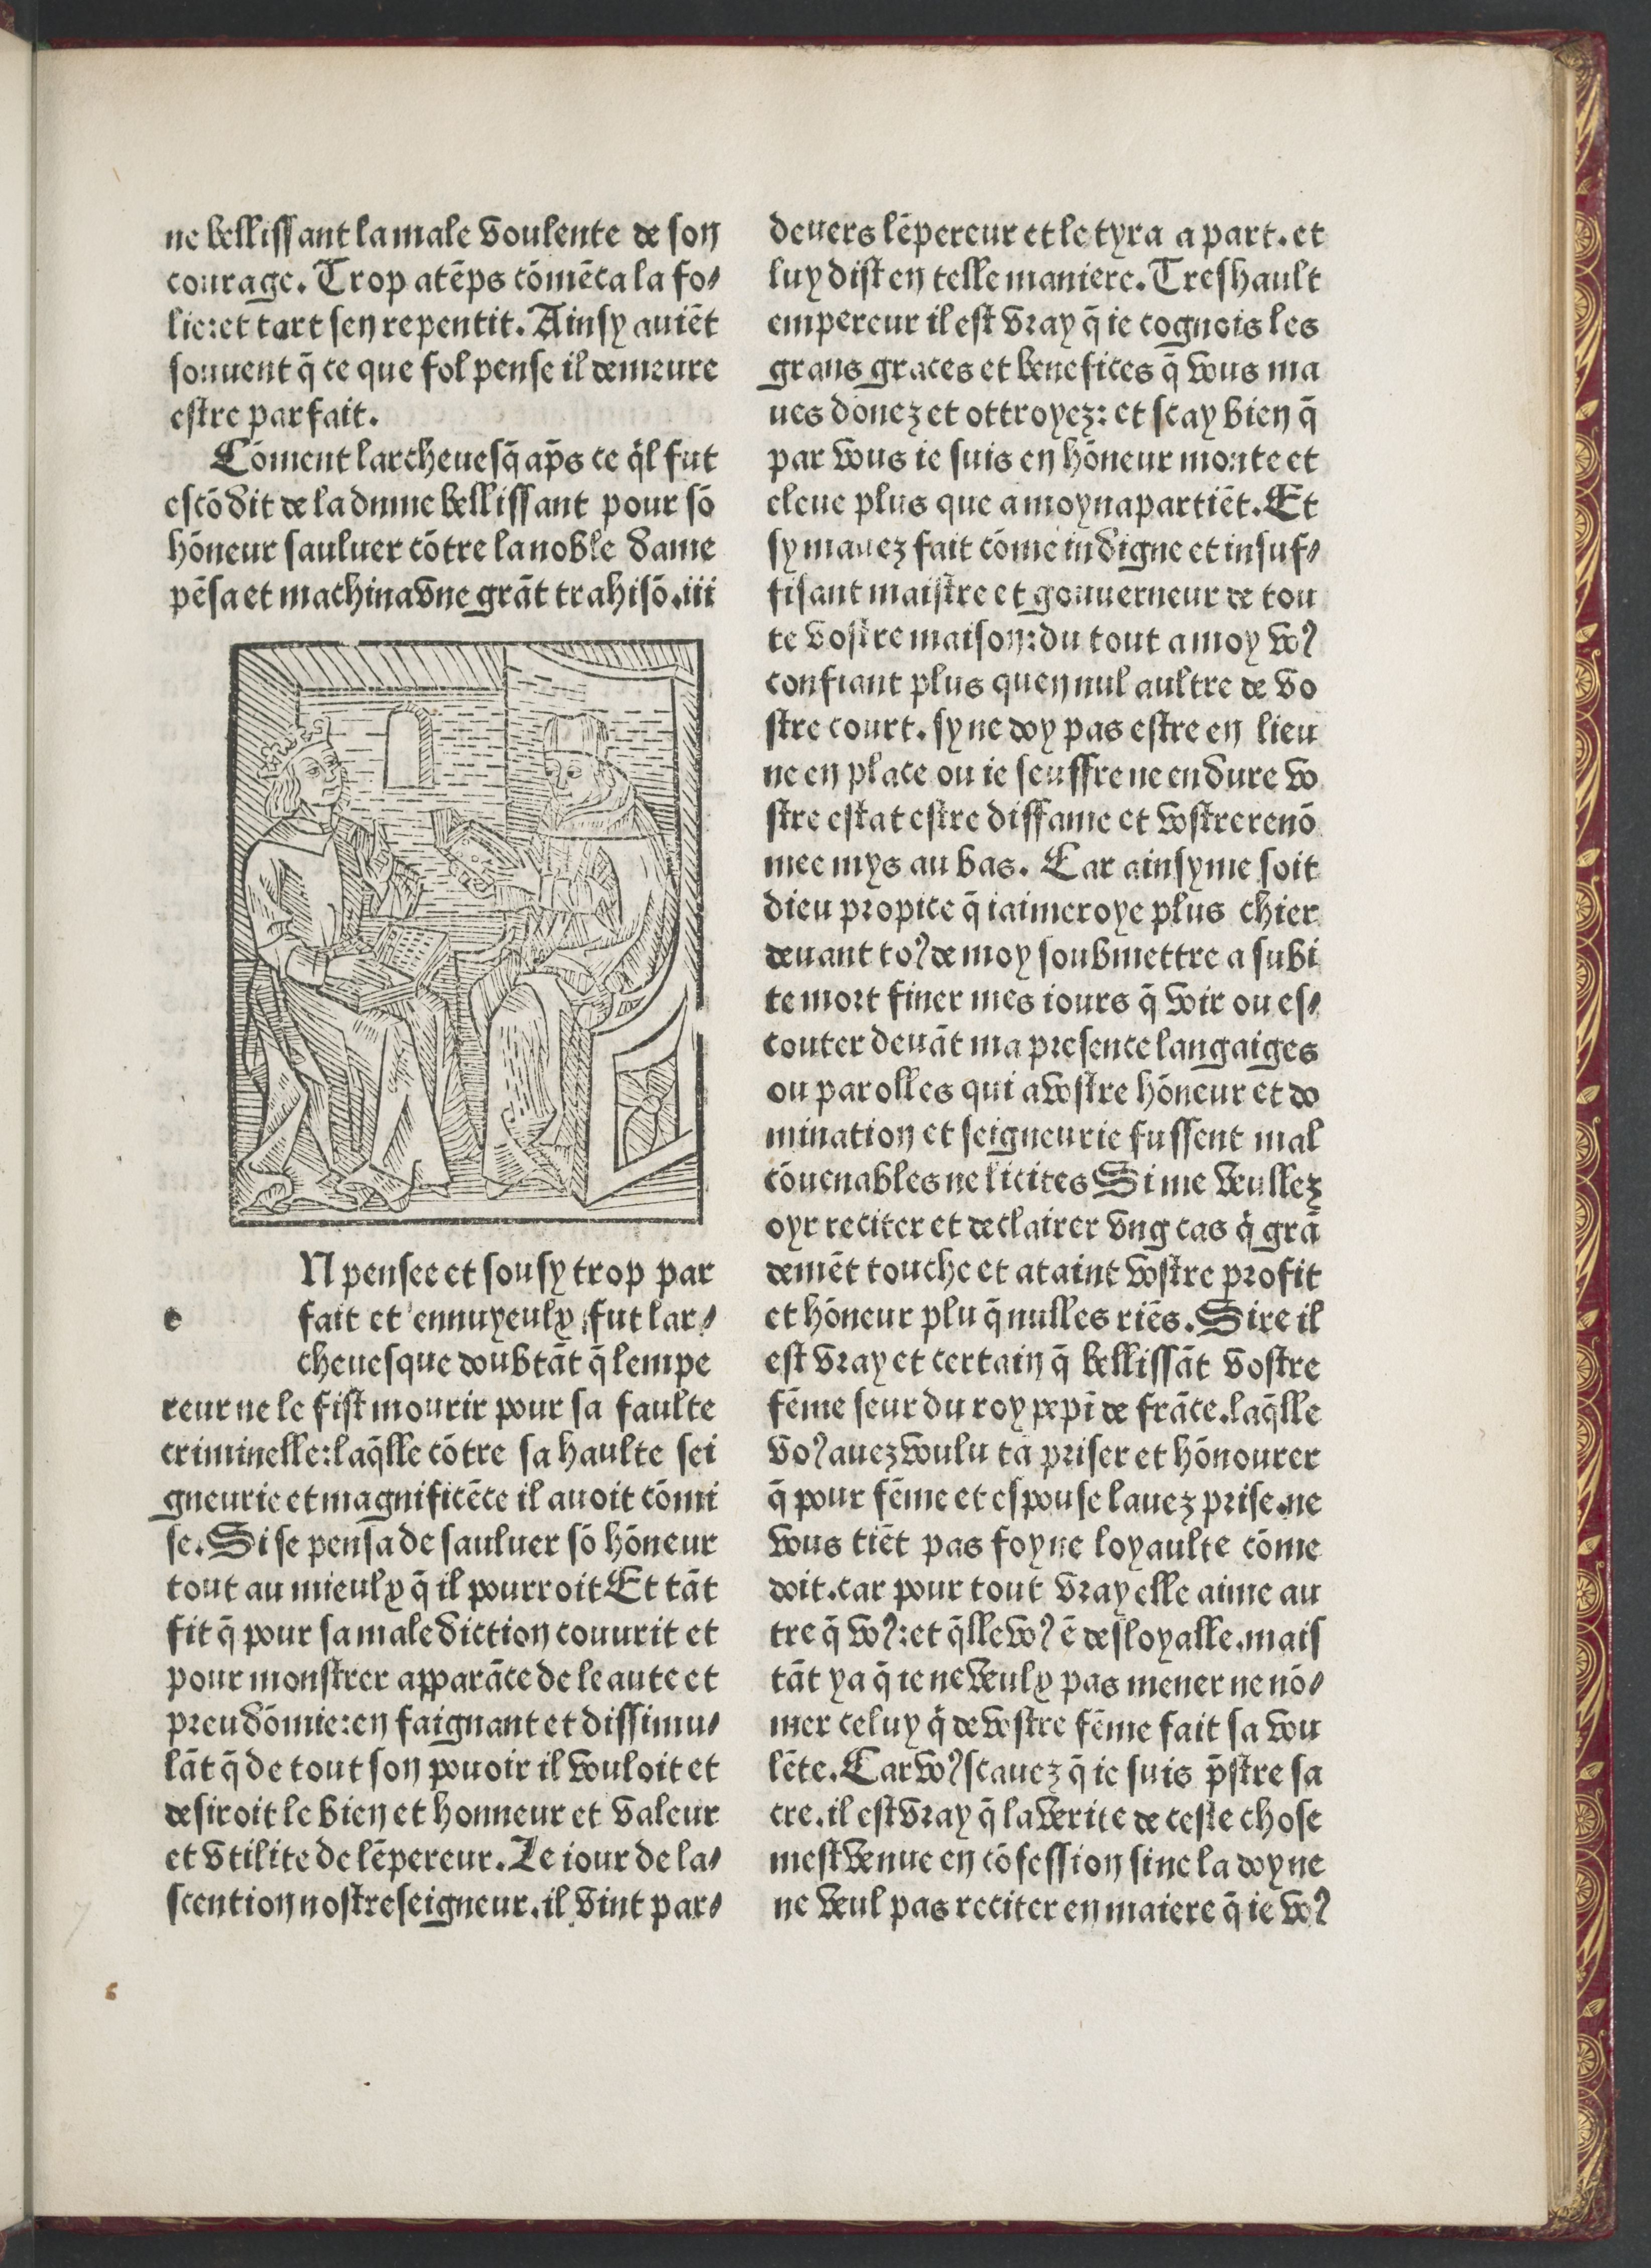
Shelfmark: Paris, BnF, Rés. Y2-82
Century: 15